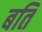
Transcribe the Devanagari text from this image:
बति